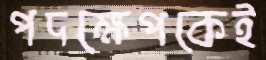
পদক্ষেপকেই